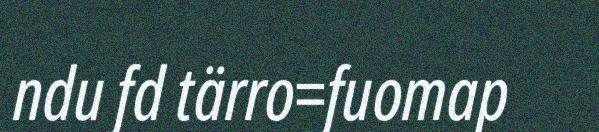
ndu fd tärro=fuomap